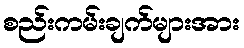
စည်းကမ်းချက်များအား